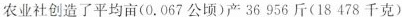
农业社创造了平均亩(0.067公顷)产36956斤(18478千克)